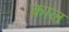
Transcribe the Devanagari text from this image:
क़ाल